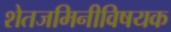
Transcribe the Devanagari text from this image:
शेतजमिनीविषयक